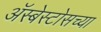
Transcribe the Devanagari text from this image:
ॲस्बेस्टोसच्या